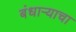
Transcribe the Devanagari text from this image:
बंधार्‍याचा